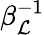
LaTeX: \beta_{\mathcal{L}}^{-1}